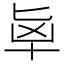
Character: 𰅵